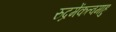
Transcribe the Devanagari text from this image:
रुद्रमेंकत्वमाहु